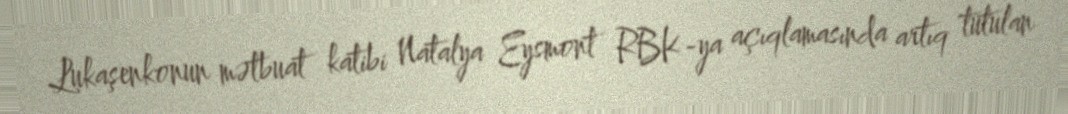
Lukaşenkonun mətbuat katibi Natalya Eysmont RBK-ya açıqlamasında artıq tutulan